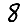
Digit: 8